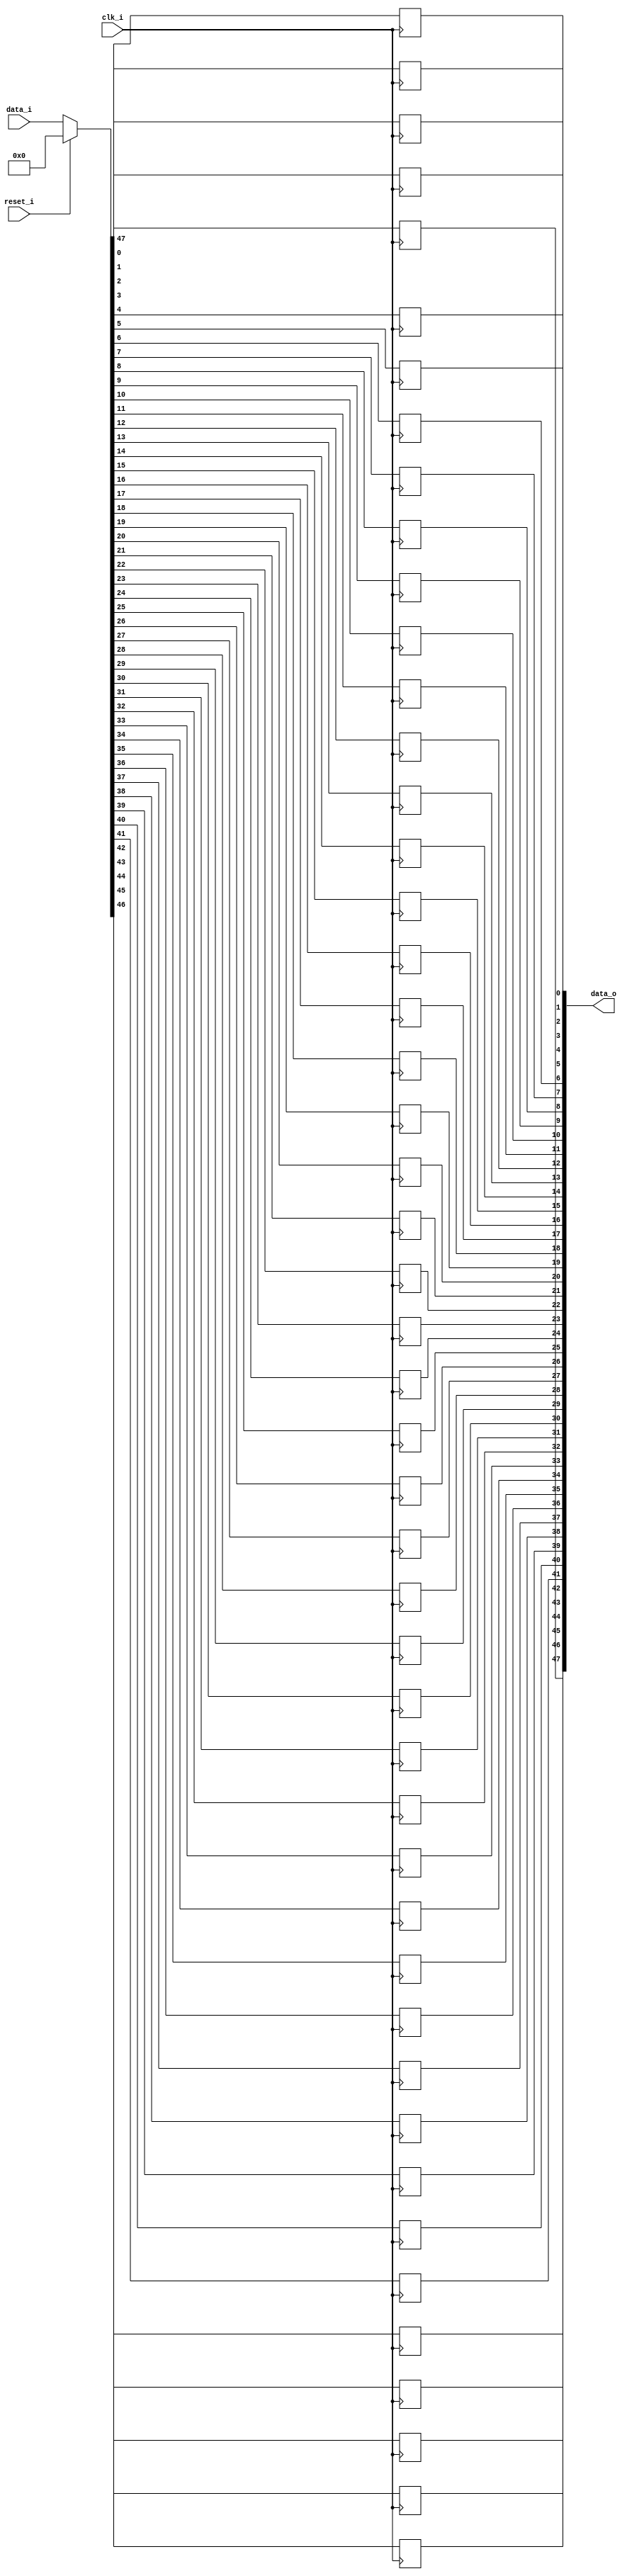
// This program was cloned from: https://github.com/NYU-MLDA/OpenABC
// License: BSD 3-Clause "New" or "Revised" License

module bsg_dff_reset_width_p48
(
  clk_i,
  reset_i,
  data_i,
  data_o
);

  input [47:0] data_i;
  output [47:0] data_o;
  input clk_i;
  input reset_i;
  wire [47:0] data_o;
  wire N0,N1,N2,N3,N4,N5,N6,N7,N8,N9,N10,N11,N12,N13,N14,N15,N16,N17,N18,N19,N20,N21,
  N22,N23,N24,N25,N26,N27,N28,N29,N30,N31,N32,N33,N34,N35,N36,N37,N38,N39,N40,N41,
  N42,N43,N44,N45,N46,N47,N48,N49,N50;
  reg data_o_47_sv2v_reg,data_o_46_sv2v_reg,data_o_45_sv2v_reg,data_o_44_sv2v_reg,
  data_o_43_sv2v_reg,data_o_42_sv2v_reg,data_o_41_sv2v_reg,data_o_40_sv2v_reg,
  data_o_39_sv2v_reg,data_o_38_sv2v_reg,data_o_37_sv2v_reg,data_o_36_sv2v_reg,
  data_o_35_sv2v_reg,data_o_34_sv2v_reg,data_o_33_sv2v_reg,data_o_32_sv2v_reg,
  data_o_31_sv2v_reg,data_o_30_sv2v_reg,data_o_29_sv2v_reg,data_o_28_sv2v_reg,data_o_27_sv2v_reg,
  data_o_26_sv2v_reg,data_o_25_sv2v_reg,data_o_24_sv2v_reg,data_o_23_sv2v_reg,
  data_o_22_sv2v_reg,data_o_21_sv2v_reg,data_o_20_sv2v_reg,data_o_19_sv2v_reg,
  data_o_18_sv2v_reg,data_o_17_sv2v_reg,data_o_16_sv2v_reg,data_o_15_sv2v_reg,
  data_o_14_sv2v_reg,data_o_13_sv2v_reg,data_o_12_sv2v_reg,data_o_11_sv2v_reg,
  data_o_10_sv2v_reg,data_o_9_sv2v_reg,data_o_8_sv2v_reg,data_o_7_sv2v_reg,data_o_6_sv2v_reg,
  data_o_5_sv2v_reg,data_o_4_sv2v_reg,data_o_3_sv2v_reg,data_o_2_sv2v_reg,
  data_o_1_sv2v_reg,data_o_0_sv2v_reg;
  assign data_o[47] = data_o_47_sv2v_reg;
  assign data_o[46] = data_o_46_sv2v_reg;
  assign data_o[45] = data_o_45_sv2v_reg;
  assign data_o[44] = data_o_44_sv2v_reg;
  assign data_o[43] = data_o_43_sv2v_reg;
  assign data_o[42] = data_o_42_sv2v_reg;
  assign data_o[41] = data_o_41_sv2v_reg;
  assign data_o[40] = data_o_40_sv2v_reg;
  assign data_o[39] = data_o_39_sv2v_reg;
  assign data_o[38] = data_o_38_sv2v_reg;
  assign data_o[37] = data_o_37_sv2v_reg;
  assign data_o[36] = data_o_36_sv2v_reg;
  assign data_o[35] = data_o_35_sv2v_reg;
  assign data_o[34] = data_o_34_sv2v_reg;
  assign data_o[33] = data_o_33_sv2v_reg;
  assign data_o[32] = data_o_32_sv2v_reg;
  assign data_o[31] = data_o_31_sv2v_reg;
  assign data_o[30] = data_o_30_sv2v_reg;
  assign data_o[29] = data_o_29_sv2v_reg;
  assign data_o[28] = data_o_28_sv2v_reg;
  assign data_o[27] = data_o_27_sv2v_reg;
  assign data_o[26] = data_o_26_sv2v_reg;
  assign data_o[25] = data_o_25_sv2v_reg;
  assign data_o[24] = data_o_24_sv2v_reg;
  assign data_o[23] = data_o_23_sv2v_reg;
  assign data_o[22] = data_o_22_sv2v_reg;
  assign data_o[21] = data_o_21_sv2v_reg;
  assign data_o[20] = data_o_20_sv2v_reg;
  assign data_o[19] = data_o_19_sv2v_reg;
  assign data_o[18] = data_o_18_sv2v_reg;
  assign data_o[17] = data_o_17_sv2v_reg;
  assign data_o[16] = data_o_16_sv2v_reg;
  assign data_o[15] = data_o_15_sv2v_reg;
  assign data_o[14] = data_o_14_sv2v_reg;
  assign data_o[13] = data_o_13_sv2v_reg;
  assign data_o[12] = data_o_12_sv2v_reg;
  assign data_o[11] = data_o_11_sv2v_reg;
  assign data_o[10] = data_o_10_sv2v_reg;
  assign data_o[9] = data_o_9_sv2v_reg;
  assign data_o[8] = data_o_8_sv2v_reg;
  assign data_o[7] = data_o_7_sv2v_reg;
  assign data_o[6] = data_o_6_sv2v_reg;
  assign data_o[5] = data_o_5_sv2v_reg;
  assign data_o[4] = data_o_4_sv2v_reg;
  assign data_o[3] = data_o_3_sv2v_reg;
  assign data_o[2] = data_o_2_sv2v_reg;
  assign data_o[1] = data_o_1_sv2v_reg;
  assign data_o[0] = data_o_0_sv2v_reg;

  always @(posedge clk_i) begin
    if(1'b1) begin
      data_o_47_sv2v_reg <= N50;
    end 
  end


  always @(posedge clk_i) begin
    if(1'b1) begin
      data_o_46_sv2v_reg <= N49;
    end 
  end


  always @(posedge clk_i) begin
    if(1'b1) begin
      data_o_45_sv2v_reg <= N48;
    end 
  end


  always @(posedge clk_i) begin
    if(1'b1) begin
      data_o_44_sv2v_reg <= N47;
    end 
  end


  always @(posedge clk_i) begin
    if(1'b1) begin
      data_o_43_sv2v_reg <= N46;
    end 
  end


  always @(posedge clk_i) begin
    if(1'b1) begin
      data_o_42_sv2v_reg <= N45;
    end 
  end


  always @(posedge clk_i) begin
    if(1'b1) begin
      data_o_41_sv2v_reg <= N44;
    end 
  end


  always @(posedge clk_i) begin
    if(1'b1) begin
      data_o_40_sv2v_reg <= N43;
    end 
  end


  always @(posedge clk_i) begin
    if(1'b1) begin
      data_o_39_sv2v_reg <= N42;
    end 
  end


  always @(posedge clk_i) begin
    if(1'b1) begin
      data_o_38_sv2v_reg <= N41;
    end 
  end


  always @(posedge clk_i) begin
    if(1'b1) begin
      data_o_37_sv2v_reg <= N40;
    end 
  end


  always @(posedge clk_i) begin
    if(1'b1) begin
      data_o_36_sv2v_reg <= N39;
    end 
  end


  always @(posedge clk_i) begin
    if(1'b1) begin
      data_o_35_sv2v_reg <= N38;
    end 
  end


  always @(posedge clk_i) begin
    if(1'b1) begin
      data_o_34_sv2v_reg <= N37;
    end 
  end


  always @(posedge clk_i) begin
    if(1'b1) begin
      data_o_33_sv2v_reg <= N36;
    end 
  end


  always @(posedge clk_i) begin
    if(1'b1) begin
      data_o_32_sv2v_reg <= N35;
    end 
  end


  always @(posedge clk_i) begin
    if(1'b1) begin
      data_o_31_sv2v_reg <= N34;
    end 
  end


  always @(posedge clk_i) begin
    if(1'b1) begin
      data_o_30_sv2v_reg <= N33;
    end 
  end


  always @(posedge clk_i) begin
    if(1'b1) begin
      data_o_29_sv2v_reg <= N32;
    end 
  end


  always @(posedge clk_i) begin
    if(1'b1) begin
      data_o_28_sv2v_reg <= N31;
    end 
  end


  always @(posedge clk_i) begin
    if(1'b1) begin
      data_o_27_sv2v_reg <= N30;
    end 
  end


  always @(posedge clk_i) begin
    if(1'b1) begin
      data_o_26_sv2v_reg <= N29;
    end 
  end


  always @(posedge clk_i) begin
    if(1'b1) begin
      data_o_25_sv2v_reg <= N28;
    end 
  end


  always @(posedge clk_i) begin
    if(1'b1) begin
      data_o_24_sv2v_reg <= N27;
    end 
  end


  always @(posedge clk_i) begin
    if(1'b1) begin
      data_o_23_sv2v_reg <= N26;
    end 
  end


  always @(posedge clk_i) begin
    if(1'b1) begin
      data_o_22_sv2v_reg <= N25;
    end 
  end


  always @(posedge clk_i) begin
    if(1'b1) begin
      data_o_21_sv2v_reg <= N24;
    end 
  end


  always @(posedge clk_i) begin
    if(1'b1) begin
      data_o_20_sv2v_reg <= N23;
    end 
  end


  always @(posedge clk_i) begin
    if(1'b1) begin
      data_o_19_sv2v_reg <= N22;
    end 
  end


  always @(posedge clk_i) begin
    if(1'b1) begin
      data_o_18_sv2v_reg <= N21;
    end 
  end


  always @(posedge clk_i) begin
    if(1'b1) begin
      data_o_17_sv2v_reg <= N20;
    end 
  end


  always @(posedge clk_i) begin
    if(1'b1) begin
      data_o_16_sv2v_reg <= N19;
    end 
  end


  always @(posedge clk_i) begin
    if(1'b1) begin
      data_o_15_sv2v_reg <= N18;
    end 
  end


  always @(posedge clk_i) begin
    if(1'b1) begin
      data_o_14_sv2v_reg <= N17;
    end 
  end


  always @(posedge clk_i) begin
    if(1'b1) begin
      data_o_13_sv2v_reg <= N16;
    end 
  end


  always @(posedge clk_i) begin
    if(1'b1) begin
      data_o_12_sv2v_reg <= N15;
    end 
  end


  always @(posedge clk_i) begin
    if(1'b1) begin
      data_o_11_sv2v_reg <= N14;
    end 
  end


  always @(posedge clk_i) begin
    if(1'b1) begin
      data_o_10_sv2v_reg <= N13;
    end 
  end


  always @(posedge clk_i) begin
    if(1'b1) begin
      data_o_9_sv2v_reg <= N12;
    end 
  end


  always @(posedge clk_i) begin
    if(1'b1) begin
      data_o_8_sv2v_reg <= N11;
    end 
  end


  always @(posedge clk_i) begin
    if(1'b1) begin
      data_o_7_sv2v_reg <= N10;
    end 
  end


  always @(posedge clk_i) begin
    if(1'b1) begin
      data_o_6_sv2v_reg <= N9;
    end 
  end


  always @(posedge clk_i) begin
    if(1'b1) begin
      data_o_5_sv2v_reg <= N8;
    end 
  end


  always @(posedge clk_i) begin
    if(1'b1) begin
      data_o_4_sv2v_reg <= N7;
    end 
  end


  always @(posedge clk_i) begin
    if(1'b1) begin
      data_o_3_sv2v_reg <= N6;
    end 
  end


  always @(posedge clk_i) begin
    if(1'b1) begin
      data_o_2_sv2v_reg <= N5;
    end 
  end


  always @(posedge clk_i) begin
    if(1'b1) begin
      data_o_1_sv2v_reg <= N4;
    end 
  end


  always @(posedge clk_i) begin
    if(1'b1) begin
      data_o_0_sv2v_reg <= N3;
    end 
  end

  assign { N50, N49, N48, N47, N46, N45, N44, N43, N42, N41, N40, N39, N38, N37, N36, N35, N34, N33, N32, N31, N30, N29, N28, N27, N26, N25, N24, N23, N22, N21, N20, N19, N18, N17, N16, N15, N14, N13, N12, N11, N10, N9, N8, N7, N6, N5, N4, N3 } = (N0)? { 1'b0, 1'b0, 1'b0, 1'b0, 1'b0, 1'b0, 1'b0, 1'b0, 1'b0, 1'b0, 1'b0, 1'b0, 1'b0, 1'b0, 1'b0, 1'b0, 1'b0, 1'b0, 1'b0, 1'b0, 1'b0, 1'b0, 1'b0, 1'b0, 1'b0, 1'b0, 1'b0, 1'b0, 1'b0, 1'b0, 1'b0, 1'b0, 1'b0, 1'b0, 1'b0, 1'b0, 1'b0, 1'b0, 1'b0, 1'b0, 1'b0, 1'b0, 1'b0, 1'b0, 1'b0, 1'b0, 1'b0, 1'b0 } : 
                                                                                                                                                                                                                                                       (N1)? data_i : 1'b0;
  assign N0 = reset_i;
  assign N1 = N2;
  assign N2 = ~reset_i;

endmodule